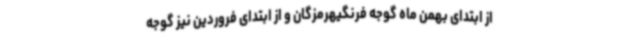
از ابتدای بهمن ماه گوجه فرنگیهرمزگان و از ابتدای فروردین نیز گوجه